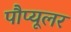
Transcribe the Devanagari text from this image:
पौप्यूलर